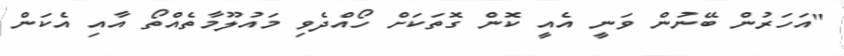
"އަހަރުން ބޭނުން ވަނީ އެއީ ކޮން ގޮތަކަށް ހޯއްދެވި މައުލޫމާތެއްތޯ އާއި އެކަން